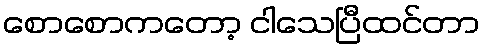
စောစောကတော့ ငါသေပြီထင်တာ